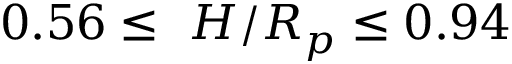
0 . 5 6 \leq ~ H / R _ { p } \leq 0 . 9 4